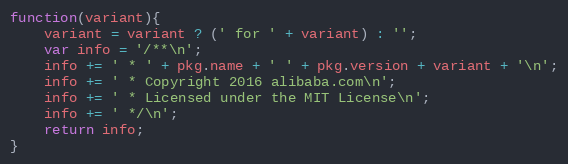
Language: JavaScript
function(variant){
    variant = variant ? (' for ' + variant) : '';
    var info = '/**\n';
    info += ' * ' + pkg.name + ' ' + pkg.version + variant + '\n';
    info += ' * Copyright 2016 alibaba.com\n';
    info += ' * Licensed under the MIT License\n';
    info += ' */\n';
    return info;
}